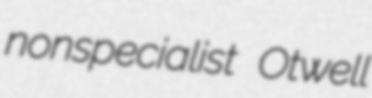
nonspecialist Otwell